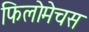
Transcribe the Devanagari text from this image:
फिलोमेचस